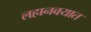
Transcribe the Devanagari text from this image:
लहानवयात